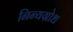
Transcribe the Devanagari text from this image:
निन्यग्रोध